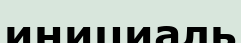
инициаль